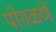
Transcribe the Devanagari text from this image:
पोगळणें